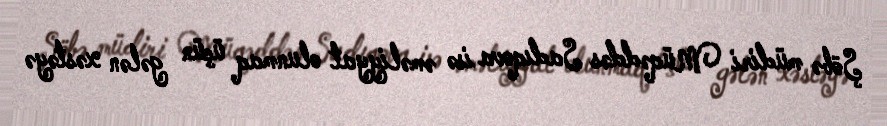
Şöbə müdiri Müqəddəs Sadıqova isə əməliyyat olunmaq üçün gələn xəstəyə